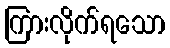
ကြားလိုက်ရသော